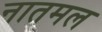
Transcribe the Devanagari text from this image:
नातमल